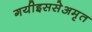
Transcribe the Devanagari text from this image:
गयीइससेअमृत